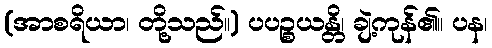
(အာစရိယာ၊ တို့သည်။) ပပဉ္စယန္တိ၊ ချဲ့ကုန်၏။ ပန၊